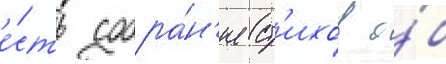
е́сть собра́н'ие ст'ихов о́б